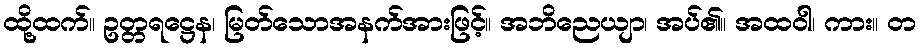
ထို့ထက်။ ဥတ္တရဋ္ဌေန၊ မြတ်သောအနက်အားဖြင့်။ အဘိညေယျာ၊ အပ်၏။ အထဝါ၊ ကား။ တ